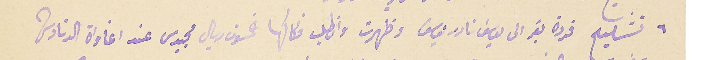
٦ تشليح فردة بقر الى يوسَف نادر يوسف وظهرت وانطلب فكاكها خمسون ريال مجيدى عند اغاواة الدنادشه